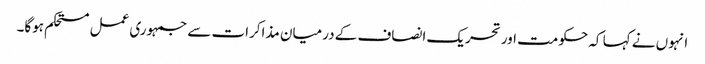
انہوں نے کہا کہ حکومت اور تحریک انصاف کے درمیان مذاکرات سے جمہوری عمل مستحکم ہوگا۔